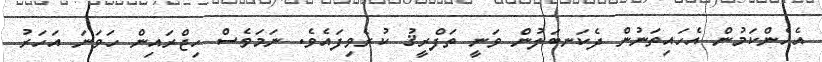
އެހެންކަމުން އެހައިތަނުން ދެކަނބަލުން ވަނީ ތަފްރީޤު ކުރެވިފައެވެ. ނަމަވެސް ހިޖްރައިން ހަވަނަ އަހަރު